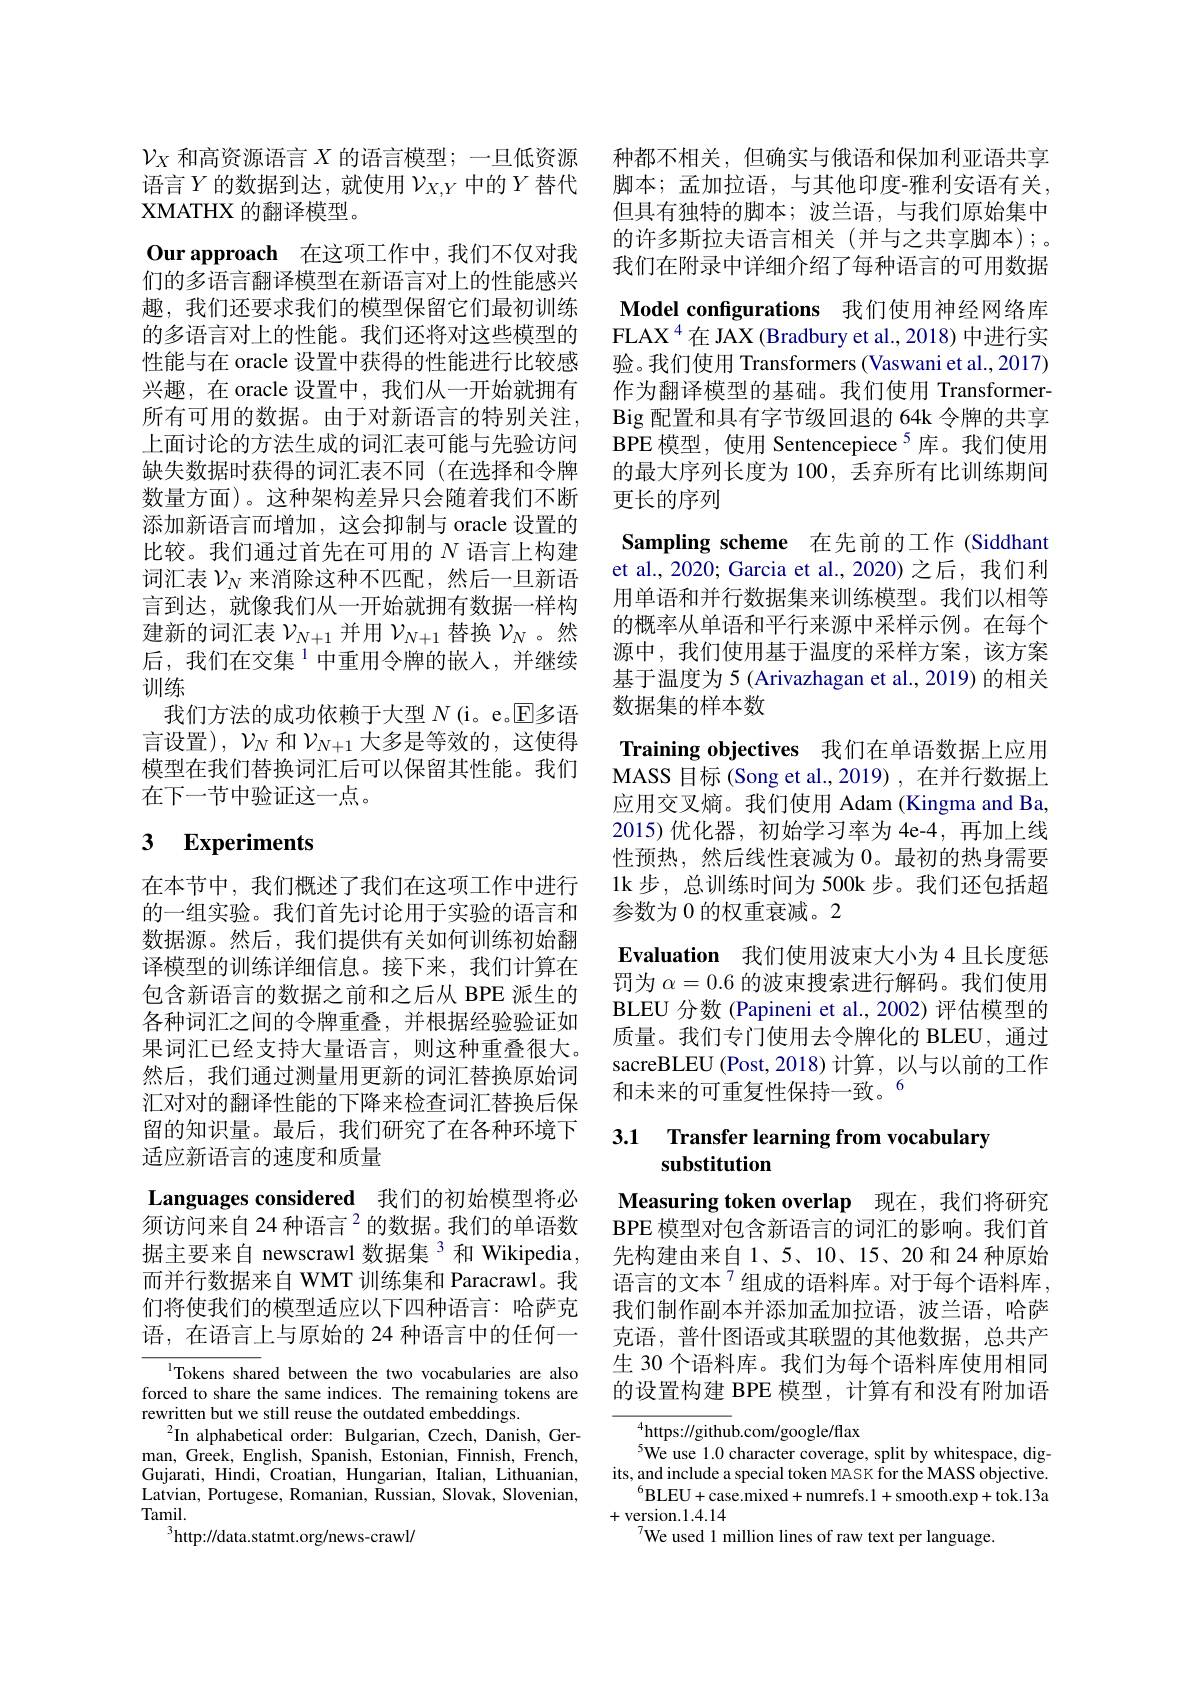
$\mathcal{V}_X$和高资源语言$X$的语言模型；一旦低资源语言$Y$的数据到达，就使用$\mathcal{V}_X,Y$中的$Y$ 替代XMATHX 的翻译模型。
Our approach 在这项工作中，我们不仅对我们的多语言翻译模型在新语言对上的性能感兴趣，我们还要求我们的模型保留它们最初训练的多语言对上的性能。我们还将对这些模型的性能与在 oracle 设置中获得的性能进行比较感兴趣，在 oracle 设置中，我们从一开始就拥有所有可用的数据。由于对新语言的特别关注， 上面讨论的方法生成的词汇表可能与先验访问缺失数据时获得的词汇表不同(在选择和令牌数量方面)。这种架构差异只会随着我们不断添加新语言而增加，这会抑制与 oracle 设置的比较。我们通过首先在可用的$N$语言上构建词汇表$\mathcal{V}_N$来消除这种不匹配，然后一旦新语言到达，就像我们从一开始就拥有数据一样构建新的词汇表$\mathcal{V}_N+1$并用$\mathcal{V}_N+1$替换$\mathcal{V}_N$ 。然后，我们在交集$^{1}$中重用令牌的嵌入，并继续训练
我们方法的成功依赖于大型 $N$ (i。e。$\mathbb{E}$多语言设置), $\mathcal{V}_N$和$\mathcal{V}_{N+1}$大多是等效的，这使得模型在我们替换词汇后可以保留其性能。我们在下一节中验证这一点。

# 3 Experiments

在本节中，我们概述了我们在这项工作中进行的一组实验。我们首先讨论用于实验的语言和数据源。然后，我们提供有关如何训练初始翻译模型的训练详细信息。接下来，我们计算在包含新语言的数据之前和之后从 BPE 派生的各种词汇之间的令牌重叠，并根据经验验证如果词汇已经支持大量语言，则这种重叠很大。然后，我们通过测量用更新的词汇替换原始词汇对对的翻译性能的下降来检查词汇替换后保留的知识量。最后，我们研究了在各种环境下适应新语言的速度和质量
Languages considered 我们的初始模型将必须访问来自 24 种语言$^{2}$的数据。我们的单语数据主要来自 newscrawl 数据集 3 和 Wikipedia , 而并行数据来自 WMT 训练集和 Paracrawl。我们将使我们的模型适应以下四种语言：哈萨克语，在语言上与原始的 24 种语言中的任何一

Tokens shared between the two vocabularies are also forced to share the same indices. The remaining tokens are rewritten but we still reuse the outdated embeddings.
$^{2}$In alphabetical order: Bulgarian, Czech, Danish, German, Greek, English, Spanish, Estonian, Finnish, French, Gujarati, Hindi, Croatian, Hungarian, Italian, Lithuanian, Latvian, Portugese, Romanian, Russian, Slovak, Slovenian, $\mathop{\mathrm{Tamil}}_{,}$
$^{3}$http://data.statmt.org/news-crawl/

种都不相关，但确实与俄语和保加利亚语共享脚本；孟加拉语，与其他印度-雅利安语有关， 但具有独特的脚本；波兰语，与我们原始集中的许多斯拉夫语言相关(并与之共享脚本);。我们在附录中详细介绍了每种语言的可用数据Model configurations 我们使用神经网络库FLAX$^{4}$在 JAX (Bradbury et al.,2018) 中进行实验。我们使用 Transformers (Vaswani et al., 2017) 作为翻译模型的基础。我们使用 TransformerBig 配置和具有字节级回退的 64k 令牌的共享BPE 模型，使用 Sentencepiece$^{5}$库。我们使用的最大序列长度为 100, 丢弃所有比训练期间更长的序列
Sampling scheme 在先前的工作 (Siddhant et al., 2020; Garcia et al., 2020) 之后，我们利用单语和并行数据集来训练模型。我们以相等的概率从单语和平行来源中采样示例。在每个源中，我们使用基于温度的采样方案，该方案基于温度为 5 (Arivazhagan et al., 2019) 的相关数据集的样本数
Training objectives 我们在单语数据上应用MASS 目标(Song et al.,2019) ,在并行数据上应用交叉熵。我们使用 Adam (Kingma and Ba, 2015)优化器，初始学习率为 4e-4,再加上线性预热，然后线性衰减为0。最初的热身需要$\operatorname{lk}$步，总训练时间为 500k 步。我们还包括超参数为 0 的权重衰减。2
Evaluation 我们使用波束大小为4 且长度惩罚为$\alpha=0.6$的波束搜索进行解码。我们使用BLEU 分数 (Papineni et al.,2002)评估模型的质量。我们专门使用去令牌化的 BLEU, 通过sacreBLEU (Post,2018) 计算，以与以前的工作和未来的可重复性保持一致。$^{6}$

# 3.1 Transfer learning from vocabulary substitution

Measuring token overlap 现在，我们将研究BPE 模型对包含新语言的词汇的影响。我们首先构建由来自1、5、10、15、20 和 24 种原始语言的文本$^{7}$组成的语料库。对于每个语料库， 我们制作副本并添加孟加拉语，波兰语，哈萨克语，普什图语或其联盟的其他数据，总共产生 30 个语料库。我们为每个语料库使用相同的设置构建 BPE 模型，计算有和没有附加语

$^{4}$https://github.com/google/flax
$^{5}$We use 1.0 character coverage, split by whitespace, digits, and include a special token MASK for the MASS objective.
$^{6}$BLEU+case.mixed+numrefs.1+smooth.exp+tok.13a
+version.1.4.14
$^{7}$We used 1 million lines of raw text per language.